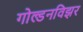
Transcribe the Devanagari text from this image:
गोल्डनविझर